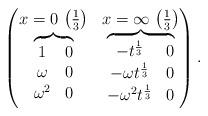
LaTeX: \begin{gather*}\left(\begin{matrix} x=0 \, \left( \frac13 \right)& x=\infty \, \left( \frac13 \right) \\\overbrace{\begin{matrix} 1 & 0 \\ \omega & 0 \\ \omega^2 & 0 \end{matrix}}&\overbrace{\begin{matrix} -t^{\frac13} & 0 \\-\omega t^{\frac13} & 0 \\-\omega^2t^{\frac13} & 0 \end{matrix}}\end{matrix}\right).\end{gather*}